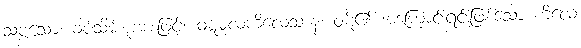
သဗ္ဗသော၊ ခပ်သိမ်းစုံအားဖြင့်။ ဝဋ္ဋမူလကိလေသာနံ၊ ဝဋ်၏ အကြောင်းရင်းဖြစ်သော ကိလေ